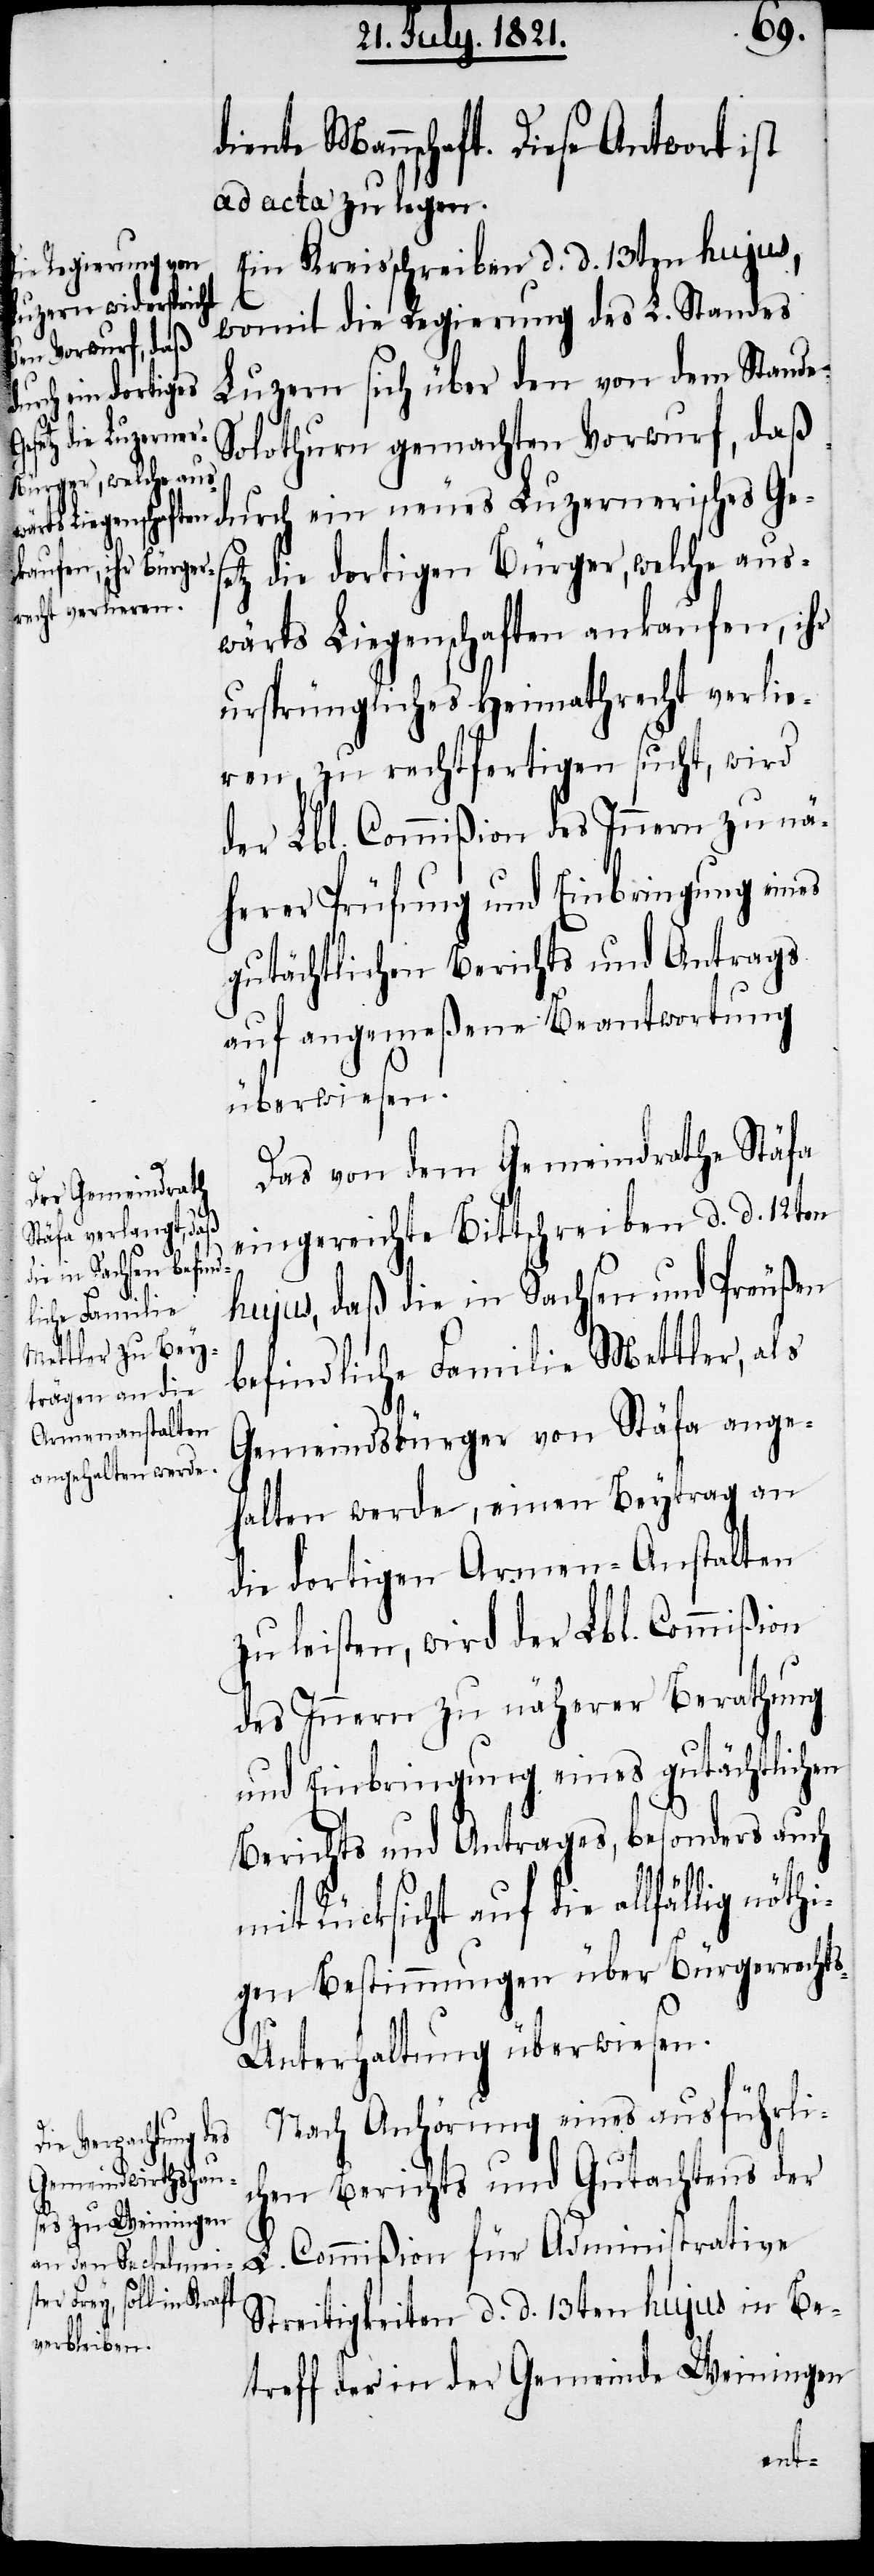
diente Mannschaft. Diese Antwort ist
ad acta zu legen.
Ein Kreisschreiben d. d. 13ten hujus,
womit die Regierung des L. Standes
Luzern sich über den von dem Stande
sches Ges¬
Solothurn gemachten Vorwurf, daß
etz die dortigen Bürger, welche aus¬
wärts Liegenschaften ankaufen, ihr
ursprüngliches Heimathrecht verlie¬
ren, zu rechtfertigen sucht, wird
der Lbl. Commißion des Innern zu nä¬
herer Prüfung und Einbringung eines
gutächtlichen Berichts und Antrags
auf angemeßene Beantwortung
überwiesen.
Das von dem Gemeindrathe Stäfa
eingereichte Bittschreiben d. d. 12ten
hujus, daß die in Sachsen und Preußen
befindliche Familie Mettler, als
Gemeindsbürger von Stäfa ange¬
halten werde, einen Beytrag an
die dortigen Armen-Anstalten
zu leisten, wird der Lbl. Commißion
des Innern zu näherer Berathung
und Einbringung eines gutächtlichen
Berichts und Antrages, besonders auch
mit Rücksicht auf die allfällig
gen Bestimmungen über Bürgerrecht¬
s-Unterhaltung überwiesen.
Nach Anhörung eines ausführli¬
Luzerneri¬
chen Berichts und Gutachtens der
L. Commißion für Administrative
Streitigkeiten d. d. 13ten hujus in Be¬
treff der in der Gemeinde Weiningen
nöthi¬